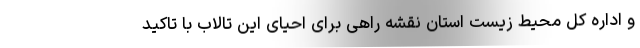
و اداره کل محیط زیست استان نقشه راهی برای احیای این تالاب با تاکید